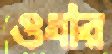
ওধার